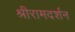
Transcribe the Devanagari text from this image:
श्रीरामदर्शन